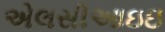
એલસીઆઇઇ